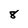
Character: 8